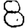
Digit: 8